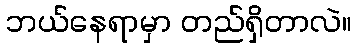
ဘယ်နေရာမှာ တည်ရှိတာလဲ။